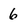
Character: 6